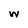
Character: m